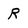
Character: R